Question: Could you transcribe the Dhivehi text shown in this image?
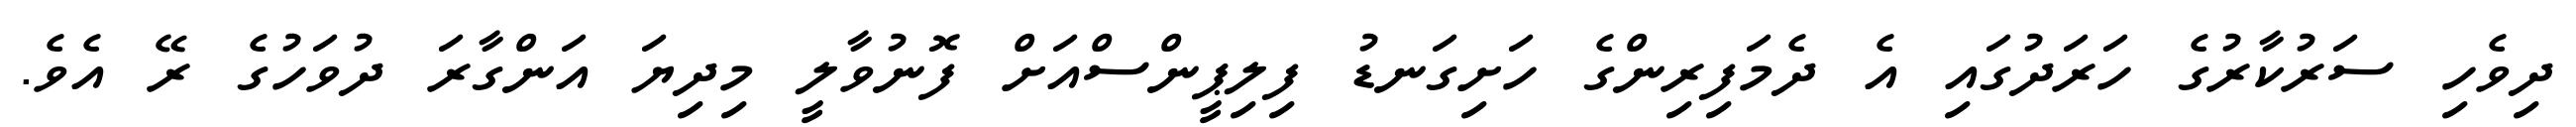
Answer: ދިވެހި ސަރުކާރުގެ ހަރަދުގައި އެ ދެމަފިރިންގެ ހަށިގަނޑު ފިލިޕީންސްއަށް ފޮނުވާލީ މިދިޔަ އަންގާރަ ދުވަހުގެ ރޭ އެވެ.